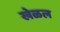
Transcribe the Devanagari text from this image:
खेळल